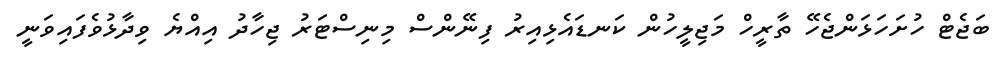
ބަޖެޓް ހުށަހަޅަންޖެހޭ ތާރީހް މަޖިލީހުން ކަނޑައެޅިއިރު ފިނޭންސް މިނިސްޓަރު ޖިހާދު އިއްޔެ ވިދާޅުވެފައިވަނީ